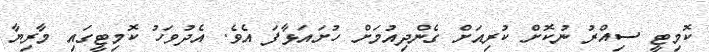
ކޮމިޓީ ސިއްރު ނުކޮށް ކުރިއަށް ގެންދިއުމަށް ހުށައަޅާފަ އެވެ. އެދުވަހު ކޮމިޓީގައި މާރިޔާ